Investigations into the jail dietaries of the United Provinces with some observations on the influence of dietary on the physical development and well-being of the people of the United Provinces - Number 48
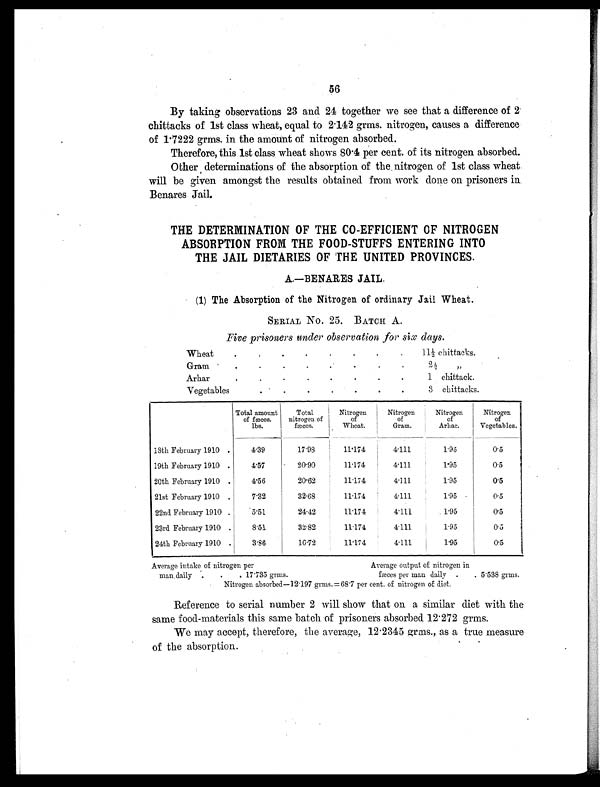
56
By taking observations 23 and 24 together we see that a difference of 2
chittacks of 1st class wheat, equal to 2.142 grms. nitrogen, causes a difference
of 1.7222 grms. in the amount of nitrogen absorbed.
Therefore, this 1st class wheat shows 80.4 per cent. of its nitrogen absorbed.
Other determinations of the absorption of the nitrogen of 1st class wheat
will be given amongst the results obtained from work done on prisoners in
Benares Jail.
THE DETERMINATION OF THE CO-EFFICIENT OF NITROGEN
ABSORPTION FROM THE FOOD-STUFFS ENTERING INTO
THE JAIL DIETARIES OF THE UNITED PROVINCES.
A.—BENARES JAIL.
(1) The Absorption of the Nitrogen of ordinary Jail Wheat.
SERIAL No. 25. BATCH A.
Five prisoners under observation for six days.
Wheat
.
. .
.
.
.
.
.
11½ chittacks.
Gram
.
.
.
.
.
.
.
.
2 ½ „
Arhar
.
.
.
.
.
.
.
.
1 c h i t t a c k .
Vegetables
. .
.
.
.
.
.
.
3 chittacks.
Total amount
of fæces.
lbs.
Total
nitrogen of
fæces.
Nitrogen
of
Wheat.
Nitrogen
of
Gram.
Nitrogen
of
Arhar.
Nitrogen
of
Vegetables.
18th February 1910 .
4.39
17.98
11.174
4.111
1.95
0.5
19th February 1910 .
4.57
20.90
11.174
4.111
1.95
0.5
20th February 1910 .
4.56
20.62
11.174
4.111
1.95
0.5
21st February 1910 .
7.32
32.68
11.174
4.111
1.95
0.5
22nd February 1910 .
5.51
24.42
11.174
4.111
1.95
0.5
23rd February 1910 .
8.51
32.82
11.174
4.111
1.95
0.5
24th February 1910 .
3.86
16.72
11.174
4.111
1.95
0.5
Average intake of nitrogen per
Average output of nitrogen in
man daily .
.
. 17.735 grms.
fæces per man daily .
. 5.538 grms.
Nitrogen absorbed—12.197 grms.=68.7 per cent. of nitrogen of diet.
Reference to serial number 2 will show that on a similar diet with the
same food-materials this same batch of prisoners absorbed 12.272 grms.
We may accept, therefore, the average, 12.2345 grms., as a true measure
of the absorption.